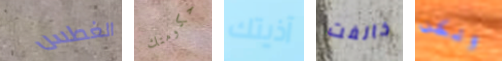
الغطس حكومتك آذيتك خالفت ولكن